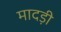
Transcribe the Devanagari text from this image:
मादड़ी